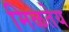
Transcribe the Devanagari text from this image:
मिळतेय